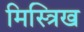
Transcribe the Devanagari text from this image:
मिस्त्रिख